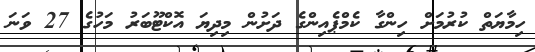
ހިމާޔަތް ކުރުމަށް ހިންގާ ކެމްޕެއިންގެ ދަށުން މިދިޔަ އޮކްޓޫބަރު މަހުގެ 27 ވަނަ